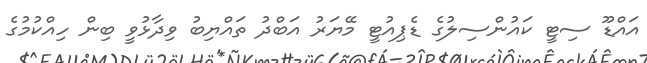
އައްޑޫ ސިޓީ ކައުންސިލުގެ ޑެޕިއުޓީ މޭޔަރު އަބްދު ތައްޔިބު ވިދާޅުވީ ބިން ހިއްކުމުގެ